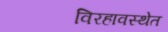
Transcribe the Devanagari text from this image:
विरहावस्थेत